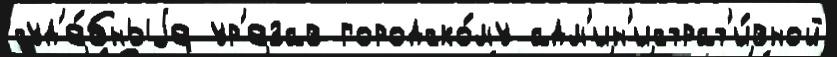
суд'е́бныjе ур'езав городско́му адм'ин'истрат'и́вной